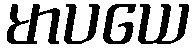
မာပယေ